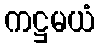
ကဋ္ဌမယံ